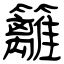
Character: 籬